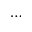
\cdots